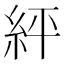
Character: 𮈈